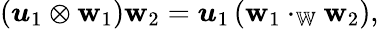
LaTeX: \left(\boldsymbol{u}_{1}\otimes\boldsymbol{\mathbf{w}}_{1}\right)\boldsymbol{\mathbf{w}}_{2}=\boldsymbol{u}_{1}\left(\boldsymbol{\mathbf{w}}_{1}\cdot_{\mathbb{{W}}}\boldsymbol{\mathbf{w}}_{2}\right),